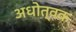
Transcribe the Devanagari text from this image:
अधोत्वक